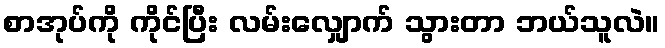
စာအုပ်ကို ကိုင်ပြီး လမ်းလျှောက် သွားတာ ဘယ်သူလဲ။